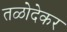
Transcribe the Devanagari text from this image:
तळोदेकर